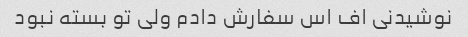
نوشیدنی اف اس سفارش دادم ولی تو بسته نبود